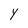
Character: Y